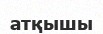
атқышы